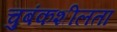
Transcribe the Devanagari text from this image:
चुबंकशीलता